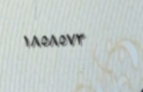
١٨٥٨٥٧٣